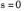
$$s = 0$$